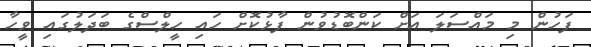
ފަހުން މި މައްސަލަ އަށް ކަންބޮޑުވުން ފާޅުކޮށް ހައި ހީލްސްގެ ބަދަލުގައި ވީހާ